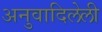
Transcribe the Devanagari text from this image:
अनुवादिलेली